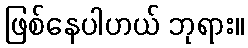
ဖြစ်နေပါဟယ် ဘုရား။